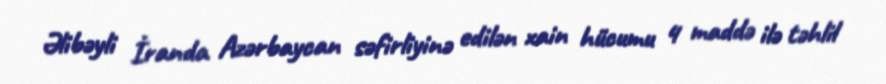
Əlibəyli İranda Azərbaycan səfirliyinə edilən xain hücumu 4 maddə ilə təhlil